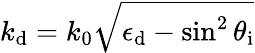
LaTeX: k_{\mathrm{d}}=k_{0}\sqrt{\epsilon_{\mathrm{d}}-\sin^{2}\theta_{\mathrm{i}}}